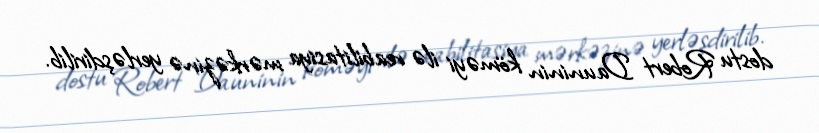
dostu Robert Dauninin köməyi ilə reabilitasiya mərkəzinə yerləşdirilib.